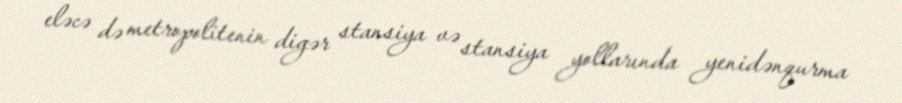
eləcə də metropolitenin digər stansiya və stansiya yollarında yenidənqurma